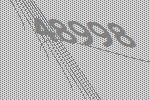
48998